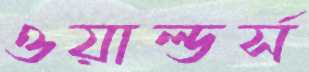
ওয়াল্ডর্স